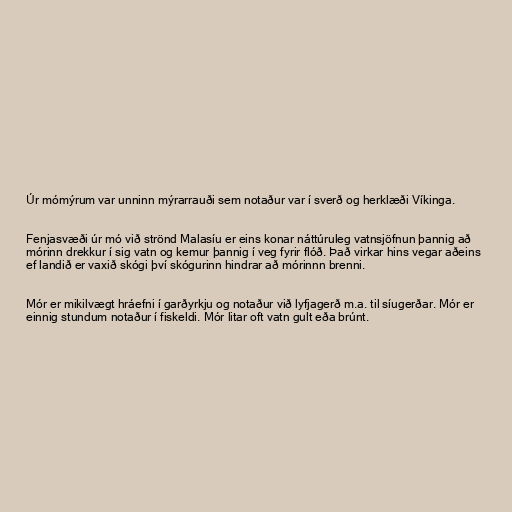
Úr mómýrum var unninn mýrarrauði sem notaður var í sverð og herklæði Víkinga.

Fenjasvæði úr mó við strönd Malasíu er eins konar náttúruleg vatnsjöfnun þannig að
mórinn drekkur í sig vatn og kemur þannig í veg fyrir flóð. Það virkar hins vegar aðeins
ef landið er vaxið skógi því skógurinn hindrar að mórinnn brenni.

Mór er mikilvægt hráefni í garðyrkju og notaður við lyfjagerð m.a. til síugerðar. Mór er
einnig stundum notaður í fiskeldi. Mór litar oft vatn gult eða brúnt.